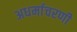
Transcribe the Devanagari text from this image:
अधर्माचरणी